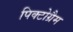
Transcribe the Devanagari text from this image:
पिक्टोग्रैम